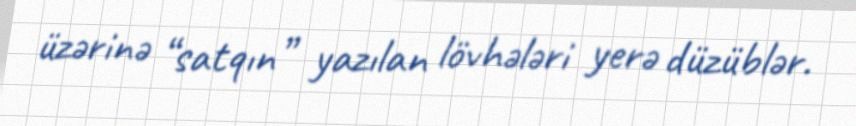
üzərinə “satqın” yazılan lövhələri yerə düzüblər.